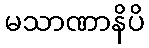
မသာဏာနိပိ